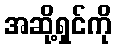
အဆို့ရှင်ကို